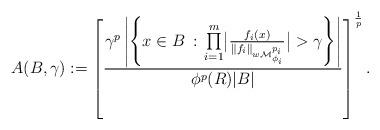
LaTeX: \begin{align*}A(B,\gamma) := \left[ \frac{\gamma^p\left| \left\{x \in B\,:\,\prod\limits_{i=1}^m \bigl|\frac{f_i(x)}{\| f_i \|_{w\mathcal{M}^{p_i}_{\phi_i}}}\bigr|> \gamma \right\}\right| }{\phi^{p}(R)|B|} \right]^{\frac{1}{p}}.\end{align*}